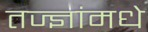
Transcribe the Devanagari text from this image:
तज्ज्ञांमधे